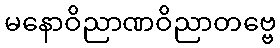
မနောဝိညာဏဝိညာတဗ္ဗေ